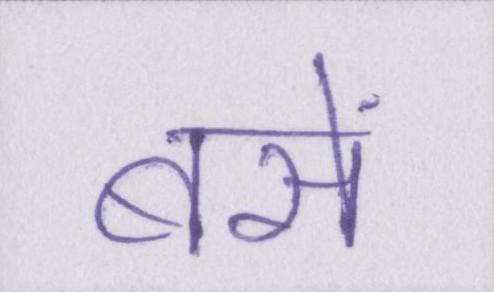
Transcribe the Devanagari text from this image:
बसें